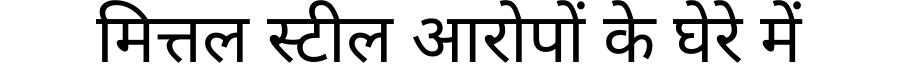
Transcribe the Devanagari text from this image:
मित्तल स्टील आरोपों के घेरे में